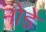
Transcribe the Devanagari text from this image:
नोडे